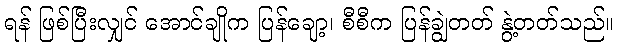
ရန် ဖြစ်ပြီးလျှင် အောင်ချိုက ပြန်ချော့၊ စီစီက ပြန်ချွဲတတ် နွဲ့တတ်သည်။